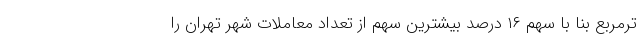
ترمربع بنا با سهم ۱۶ درصد بیشترین سهم از تعداد معاملات شهر تهران را